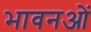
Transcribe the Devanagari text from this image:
भावनओं